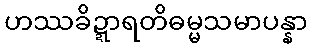
ဟဿခိဍ္ဍာရတိဓမ္မသမာပန္နာ